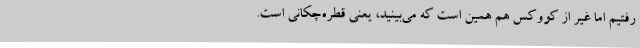
رفتیم اما غیر از کووکس هم همین است که می‌بینید، یعنی قطره‌چکانی است.